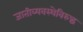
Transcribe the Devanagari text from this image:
जातीव्यवस्थेविरुद्ध